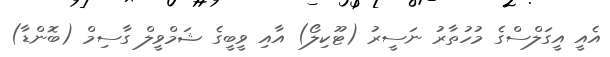
އެއީ އީގަލްސްގެ މުހުތާރު ނަސީރު (ޓޫކިލޯ) އާއި ވީބީގެ ޝަމްވީލް ގާސިމް (ބޮންޑާ)